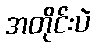
အတိုင်းပဲ